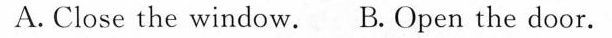
A.Close the window. B.Open the door.